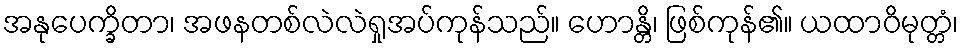
အနုပေက္ခိတာ၊ အဖနတစ်လဲလဲရှုအပ်ကုန်သည်။ ဟောန္တိ၊ ဖြစ်ကုန်၏။ ယထာဝိမုတ္တံ၊